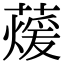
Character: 蕿